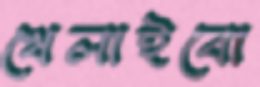
খেলাইবো